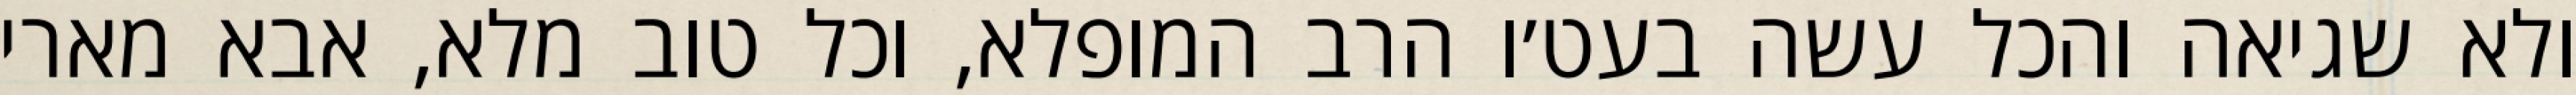
ולא שגיאה והכל עשה בעט׳ו הרב המופלא, וכל טוב מלא, אבא מארי